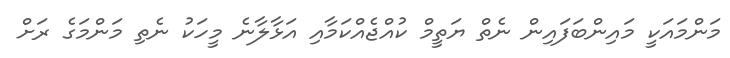
މަންމައަކީ މައިންބަފައިން ނެތް ޔަތީމް ކުއްޖެއްކަމާއި އަޅާލާނެ މީހަކު ނެތި މަންމަގެ ރަށް